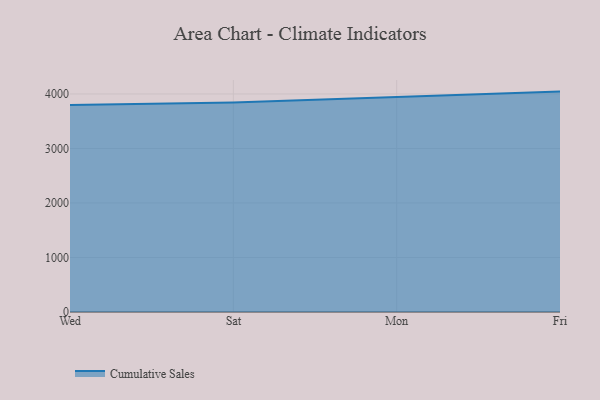
{"axis": {"x": "Day", "y": "Demand Index"}, "legend": ["Cumulative Sales"], "data": [{"x": "Wed", "y": 3798.3, "type": "Cumulative Sales"}, {"x": "Sat", "y": 3842.0, "type": "Cumulative Sales"}, {"x": "Mon", "y": 3944.9, "type": "Cumulative Sales"}, {"x": "Fri", "y": 4043.6, "type": "Cumulative Sales"}]}